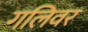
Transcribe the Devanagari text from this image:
गलिवर